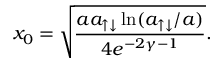
x _ { 0 } = \sqrt { \frac { a a _ { \uparrow \downarrow } \ln ( a _ { \uparrow \downarrow } / a ) } { 4 e ^ { - 2 \gamma - 1 } } } .